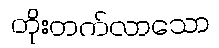
တိုးတက်လာသော